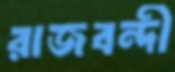
রাজবন্দী